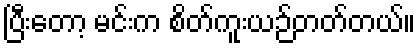
ပြီးတော့ မင်းက စိတ်ကူးယဉ်တတ်တယ်။